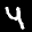
Label: 4